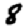
Digit: 8